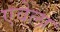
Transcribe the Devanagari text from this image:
एवेला